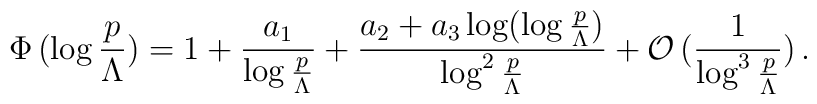
\Phi\,(\log\frac{p}{\Lambda}) = 1 + \frac{a_1}{\log\frac{p}{\Lambda}} + \frac{a_2 + a_3\log(\log\frac{p}{\Lambda})}{\log^2\frac{p}{\Lambda}} + \mathcal{O}\,(\frac{1}{\log^3\frac{p}{\Lambda}})\,.